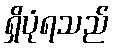
ရှိပုံရသည်